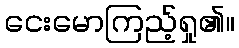
ငေးမောကြည့်ရှု၏။